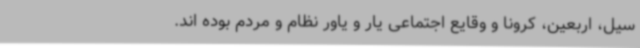
سیل، اربعین، کرونا و وقایع اجتماعی یار و یاور نظام و مردم بوده اند.